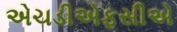
એચડીએફસીએ